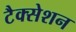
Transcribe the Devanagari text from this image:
टैक्सेशन